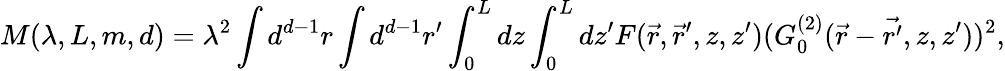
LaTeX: M(\lambda,L,m,d)=\lambda^{2}\int d^{d-1}r\int d^{d-1}r^{\prime}\int_{0}^{L}dz\int_{0}^{L}dz^{\prime}F(\vec{r},\vec{r}^{\prime},z,z^{\prime})(G_{0}^{(2)}(\vec{r}-\vec{{r}^{\prime}},z,z^{\prime}))^{2},